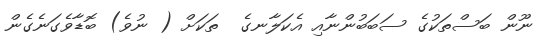
ނޫން ބަސްތަކުގެ ސަބަބުންނާއި އެކަލާނގެ  ތަކަށް ( ނުވެ) ބޮޑާވެގަނެގެން